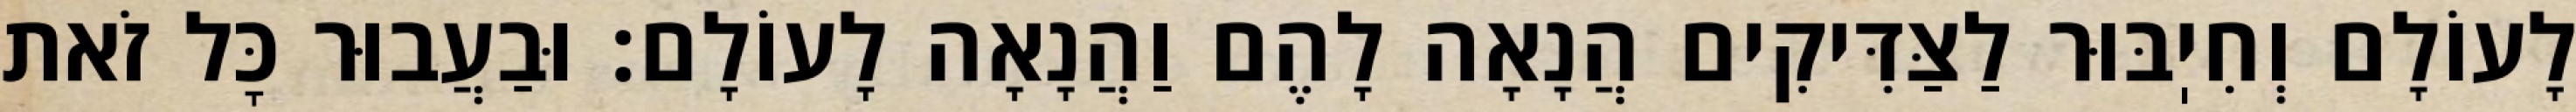
לָעוֹלָם וְחִיֽבּוּר לַצַּדִּיקִים הֲנָאָה לָהֶם וַהֲנָאָה לָעוֹלָם: וּבַעֲבוּר כׇּל זֹאת